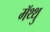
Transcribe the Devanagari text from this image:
मॅथ्थु